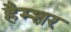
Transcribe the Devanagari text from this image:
हैम्शर